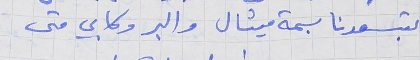
بتسعدنا بسمة ميشال      والبر وكابي متى